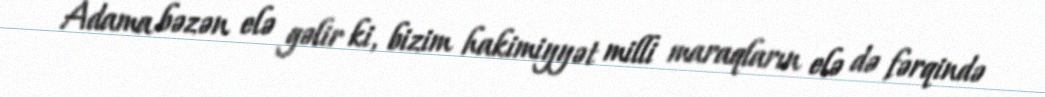
Adama bəzən elə gəlir ki, bizim hakimiyyət milli maraqların elə də fərqində